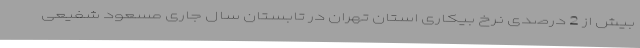
بیش از 2 درصدی نرخ بیکاری استان تهران در تابستان سال جاری مسعود شفیعی